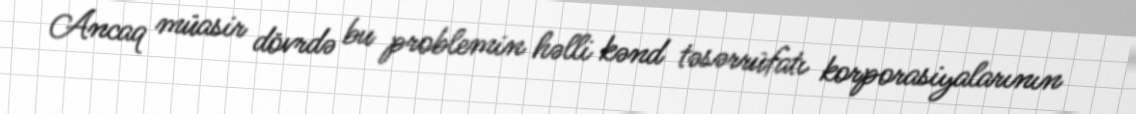
Ancaq müasir dövrdə bu problemin həlli kənd təsərrüfatı korporasiyalarının